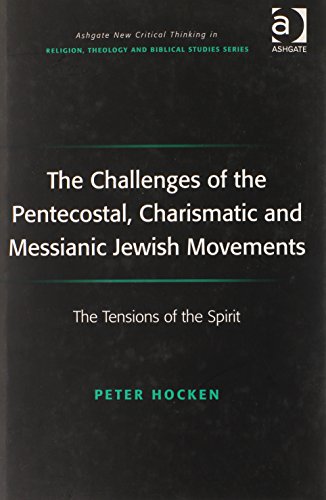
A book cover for The Challenges of the Pentecostal, Charismatic and Messianic Jewish Movements (Ashgate New Critical Thinking in Religion, Theology, and Biblical Studies); Peter Hocken; Religion & Spirituality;